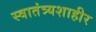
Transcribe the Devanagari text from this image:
स्वातंत्र्यशाहीर